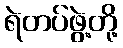
ရဲတပ်ဖွဲ့တို့